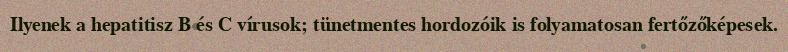
Ilyenek a hepatitisz B és C vírusok; tünetmentes hordozóik is folyamatosan fertőzőképesek.